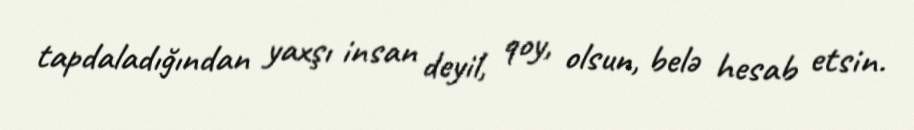
tapdaladığından yaxşı insan deyil, qoy, olsun, belə hesab etsin.